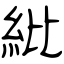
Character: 紕